Calcutta medical institutions reports 1892-1900
Year: 1892
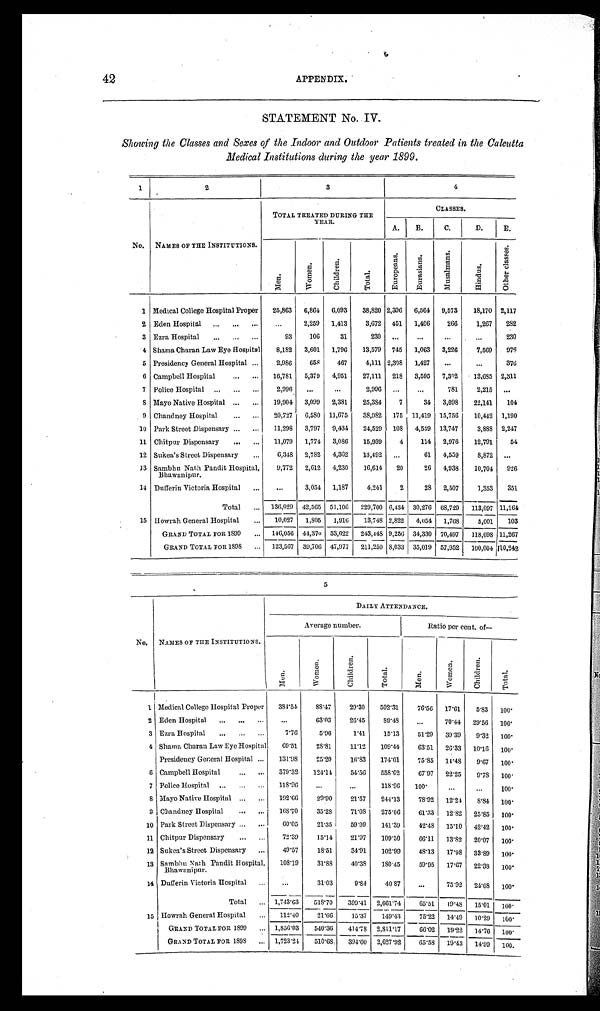
42
APPENDIX.
STATEMENT No. IV.
Showing the Classes and Sexes of the Indoor and Outdoor Patients treated in the Calcutta
Medical Institutions during the year 1899.
1
2
3
4
N o .
NAMES OF THE INSTITUTIONS.
TOTAL TREATED DURI NG THE YEAR.
C L A S S E S .
A .
B .
C .
D .
E .
M e n .
W o m e n .
C h i l d r e n .
T o t a l .
E u r o p e a n s .
E u r a s i a n s .
M u s a l m a n s .
H i n d u s .
O t h e r c l a s s e s .
1 Medical College Hospital Proper 2 5 , 8 6 3
6 , 8 6 4
6 , 0 9 3
3 8 , 8 2 0
2 , 3 9 6
6 , 5 6 4
9 , 5 7 3
1 8 , 1 7 0
2 , 1 1 7
2 Eden Hospital
. . .
2 , 2 5 9
1 , 4 1 3
3 , 6 7 2
4 5 1
1 , 4 0 6
2 6 6
1 , 2 6 7
2 8 2
3 Ezra Hospital
9 3
1 0 6
3 1
2 3 0
. . .
. . .
. . .
. . .
2 3 0
4 Shama Charan Law Eye Hospital 8 , 1 8 2
3 , 6 0 1
1 , 7 9 6
1 3 , 5 7 9
7 4 5
1 , 0 6 3
3 , 2 2 6
7 , 5 6 9
9 7 6
5 Presidency General Hospital
2 , 9 8 6
6 5 8
4 6 7
4 , 1 1 1
2 , 3 9 8
1 , 4 2 7
. . .
. . .
3 7 6
6 Campbell Hospital
1 6 , 7 8 1
5 , 3 7 9
4 , 9 5 1
2 7 , 1 1 1
2 1 8
3 , 5 9 5
7 , 3 0 2
1 3 , 6 8 5
2 , 3 1 1
7 Police Hospital
2 , 9 9 6
. . .
. . .
2 , 9 9 6
. . .
. . .
7 8 1
2 , 2 1 5
. . .
8
Mayo Native Hospital
1 9 , 9 0 4
3 , 0 9 9
2 , 3 8 1
2 5 , 3 8 4
7
3 4
3 , 0 9 8
2 2 , 1 4 1
1 0 4
9 Chandney Hospital
2 0 , 7 2 7
6 , 5 8 0
1 1 , 6 7 5
3 8 , 9 8 2
1 7 5
1 1 , 4 1 9
1 5 , 7 5 6
1 0 , 4 4 2
1 , 1 9 0
10 Park Street Dispensary
1 1 , 2 9 8
3 , 7 9 7
9 , 4 3 4
2 4 , 5 2 9
1 0 8
4 , 5 3 9
1 3 , 7 4 7
3 , 8 8 8
2 , 2 4 7
11 Chitpur Dispensary
1 1 , 0 7 9
1 , 7 7 4
3 , 0 8 6
1 5 , 9 3 9
4
1 1 4
2 , 9 7 6
1 2 , 7 9 1
5 4
12 Sukea's Street Dispensary
6 , 3 4 8
2 , 7 8 2
4 , 3 6 2
1 3 , 4 9 2
. . .
6 1
4 , 5 5 9
8 , 8 7 2
. . .
13 Sambhu Nath Pandit Hospital, Bhawanipur. 9 , 7 7 2
2 , 6 1 2
4 , 2 3 0
1 6 , 6 1 4
2 0
2 6
4 , 9 3 8
1 0 , 7 0 4
9 2 6
14 Dulferin Victoria Hospital
. . .
3 , 0 5 4
1 , 1 8 7
4 , 2 4 1
2
2 8
2 , 5 0 7
1 , 3 5 3
3 5 1
T o t a l 1 3 6 , 0 2 9
4 2 , 5 6 5
5 1 , 1 0 6
2 2 9 , 7 0 0
6 , 4 3 4
3 0 , 2 7 6
6 8 , 7 2 9
1 1 3 , 0 9 7
1 1 , 1 6 4
15 Howrah General Hospital
1 0 , 0 2 7
1 , 8 0 5
1 , 9 1 6
1 3 , 7 4 8
2 , 8 2 2
4 , 0 5 4
1 , 7 6 8
5 , 0 0 1
1 0 3
G R A N D T O T A L F O R 1 8 9 9 1 4 6 , 0 5 6
4 4 , 3 7 0
5 3 , 0 2 2
2 4 3 , 4 4 5
9 , 2 5 6
3 4 , 3 3 0
7 0 , 4 9 7
1 1 8 , 0 9 8
1 1 , 2 6 7
G R A N D T O T A L F O R 1 8 6 8 1 2 3 , 5 6 7
3 9 , 7 0 6
4 7 , 9 7 7
2 1 1 , 2 5 0
8 , 0 3 3
3 5 , 0 1 9
5 7 , 9 5 2
1 0 0 , 0 0 4
1 1 0 , 2 4 2
5
N o .
NAMES OF THE INSTITUTIONS.
DAI LY ATTENDANCE.
A v e r a g e n u m b e r .
Ra t i o p e r c e n t . o f —
M e n .
W o m e n .
C h i l d r e n .
T o t a l .
M e n .
W o m e n .
C h i l d r e n .
T o t a l .
1 Medical College Hospital Proper
3 8 4 · 5 4
8 8 · 4 7
2 9 · 3 0
5 0 2 · 3 1
7 6 · 5 6
1 7 · 6 1
5 · 8 3
1 0 0 ·
2 Eden Hospital
. . .
6 3 · 0 3
2 6 · 4 5
8 9 · 4 8
. . .
7 0 · 4 4
2 9 · 5 6
1 0 0 ·
3 Ezra Hospital
7 · 7 6
5 · 9 6
1 · 4 1
1 5 · 1 3
5 1 · 2 9
3 9 · 3 9
9 · 3 2
1 0 0 ·
4 Shama Charan Law Eye Hospital
6 9 · 5 1
2 8 · 8 1
1 1 · 1 2
1 0 9 · 4 4
6 3 · 5 1
2 6 · 3 3
1 0 · 1 6
1 0 0 ·
Presidency General Hospital
1 3 1 · 9 8
2 5 · 2 0
1 6 · 8 3
1 7 4 · 0 1
7 5 · 8 5
1 4 · 4 8
9 · 6 7
1 0 0
6 Campbell Hospital
3 7 9 · 3 2
1 2 4 · 1 4
5 4 · 5 6
5 5 8 · 6 2
6 7 · 9 7
2 2 · 2 5
9 · 7 8
1 0 0 ·
7 Police Hospital
1 1 8 · 9 6
. . .
. . .
1 1 8 · 9 6
1 0 0 ·
. . .
. . .
1 0 0 ·
8 Mayo Native Hospital
1 9 2 · 6 6
2 9 · 9 0
2 1 · 5 7
2 4 4 · 1 3
7 8 · 9 2
1 2 · 2 4
8 · 8 4
1 0 0 ·
9 Chandney Hospital
1 6 8 · 7 0
3 5 · 2 8
7 1 · 0 8
2 7 5 · 0 6
6 1 · 3 3
1 2 · 8 2
2 5 · 8 5
1 0 0 ·
10 Park Street Dispensary
6 0 · 0 5
2 1 · 3 5
5 9 · 9 9
1 4 1 · 3 9
4 2 · 4 8
1 5 · 1 0
4 2 · 4 2
1 0 0 ·
11 Chitpur Dispensary
7 2 · 3 9
1 5 · 1 4
2 1 · 9 7
1 0 9 · 5 0
6 6 · 1 1
1 3 · 8 2
2 0 · 0 7
1 0 0 ·
12 Sukea's Street Dispensary
4 9 · 5 7
1 8 · 5 1
3 4 · 9 1
1 0 2 · 9 9
4 8 · 1 3
1 7 · 9 8
3 3 · 8 9
1 0 0 ·
13 Sambhu Nath Pandit Hospital, Bhawanipur.1 0 8 · 1 9
3 1 · 8 8
4 0 · 3 8
1 8 0 · 4 5
5 9 · 9 5
1 7 · 6 7
2 2 · 3 9
1 0 0 ·
14 Dufferin Victoria Hospital
. . .
3 1 · 0 3
9 · 8 4
4 0 8 7
. . .
7 5 · 9 2
2 4 · 0 8
1 0 0 ·
T o t a l
1 , 7 4 3 · 6 3
5 1 8 · 7 0
3 9 9 · 4 1
2 , 6 6 1 · 7 4
6 5 · 5 1
1 9 · 4 8
1 5 · 0 1
1 0 0 ·
15 Howrah General Hospital
1 1 2 · 4 0
2 1 · 6 6
1 5 · 3 7
1 4 9 · 4 3
7 5 · 2 2
1 4 · 4 9
1 0 · 2 9
1 0 0 ·
G R A N D T O T A L F O R 1 8 9 9
1 , 8 5 6 · 0 3
5 4 0 · 3 6
4 1 4 · 7 8
2 , 8 1 1 · 1 7
6 6 · 0 2
1 9 · 2 2
1 4 · 7 6
1 0 0 ·
G R A N D T O T A L F O R 1 8 9 8
1 , 7 2 3 · 2 4
5 1 0 · 6 8
3 9 4 · 0 0
2 , 6 2 7 · 9 2
6 5 · 5 8
1 9 · 4 3
1 4 · 9 9
1 0 0 ·